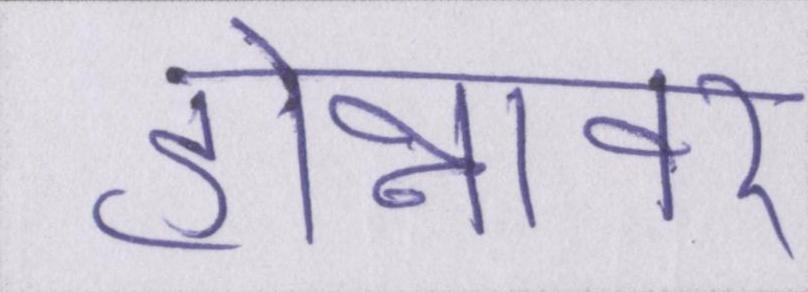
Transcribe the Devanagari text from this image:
होन्नावर